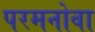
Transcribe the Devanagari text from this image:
परमनोवा